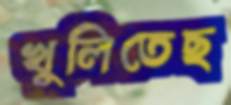
খুলিতেছ